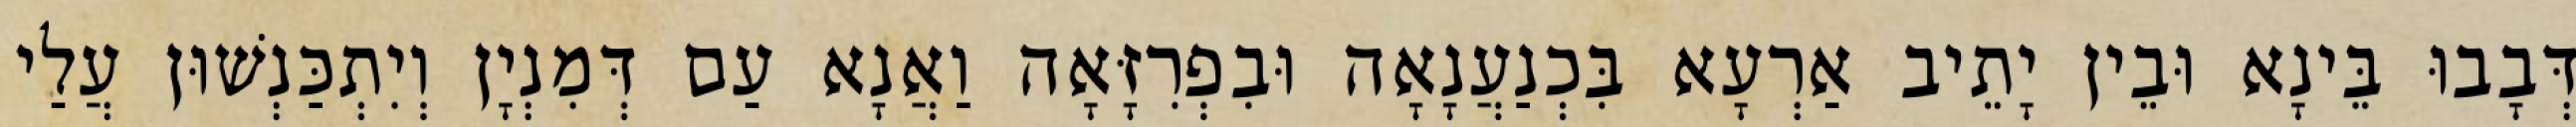
דְּבָבוּ בֵּינָא וּבֵין יָתֵיב אַרְעָא בִּכְנַעֲנָאָה וּבִפְרִזָּאָה וַאֲנָא עַם דְּמִנְיָן וְיִתְכַּנְשׁוּן עֲלַי